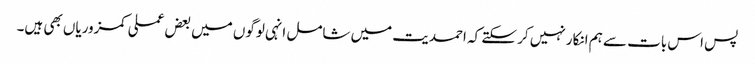
پس اس بات سے ہم انکار نہیں کر سکتے کہ احمدیت میں شامل انہی لوگوں میں بعض عملی کمزوریاں بھی ہیں۔